画像に写った文字を読んでください
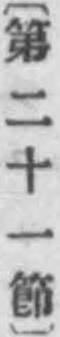
「〔第二十一節〕」と書いてあります